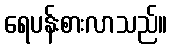
ရေပန်းစားလာသည်။